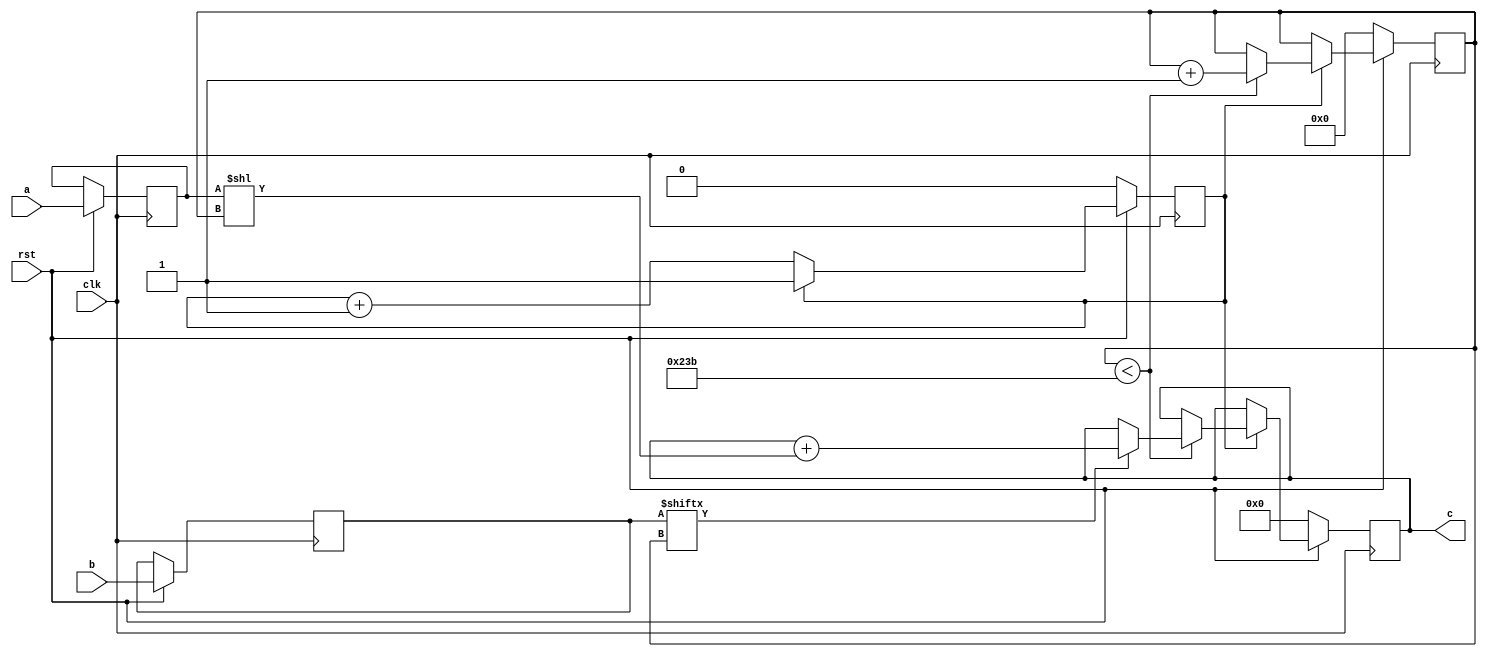
// TalTech large integer multiplier library
// Multiplier type: schoolbook
// Parameters: 571 571 2
// Target tool: genus
module schoolbook(clk, rst, a, b, c);
input clk;
input rst;
input [570:0] a;
input [570:0] b;
output reg [1141:0] c;

reg [570:0] a_temp_1;
reg [570:0] b_temp_1;

reg  [9:0] count;
reg skip;

always @(posedge clk) begin
	if (rst == 1'b0) begin
		c <= 1142'd0;
		count <= 10'd0;
		skip <= 1'd0;
	end
	else begin
		a_temp_1 <= a;
		b_temp_1 <= b;
		if (skip != 1) skip <= skip + 1;
		else begin
			if (count < 571) begin
				if (b_temp_1[count] == 1) begin
					c <= c + (a_temp_1 << count);
				end
				count <= count + 1;
			end
		end
	end
end
endmodule